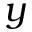
y